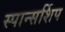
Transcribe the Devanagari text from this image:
स्पान्सर्शिप